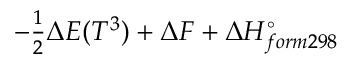
- \textstyle { \frac { 1 } { 2 } } \Delta E ( T ^ { 3 } ) + \Delta F + \Delta H _ { f o r m 2 9 8 } ^ { \circ }